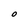
Character: O